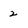
Character: 2